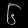
Digit: ၆